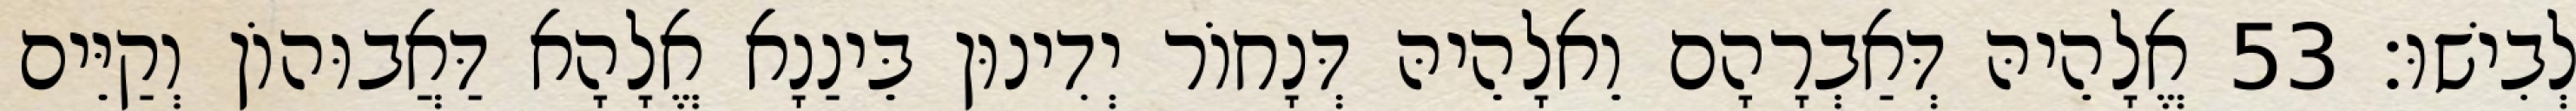
לְבִישׁוּ׃ 53 אֱלָהֵיהּ דְּאַבְרָהָם וֵאלָהֵיהּ דְּנָחוֹר יְדִינוּן בֵּינַנָא אֱלָהָא דַּאֲבוּהוֹן וְקַיֵּים